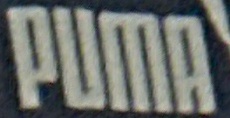
PUMA